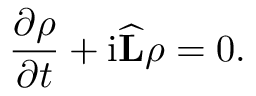
{ \frac { \partial \rho } { \partial t } } + { \mathrm { i } { \widehat { \mathbf { L } } } } \rho = 0 .